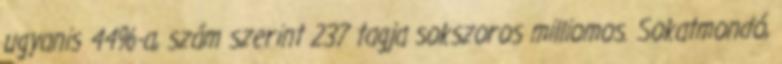
ugyanis 44%-a, szám szerint 237 tagja sokszoros milliomos. Sokatmondó,